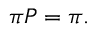
{ \boldsymbol { \pi } } P = { \boldsymbol { \pi } } .